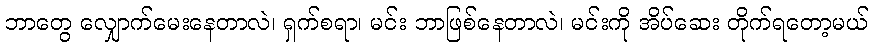
ဘာတွေ လျှောက်မေးနေတာလဲ၊ ရှက်စရာ၊ မင်း ဘာဖြစ်နေတာလဲ၊ မင်းကို အိပ်ဆေး တိုက်ရတော့မယ်